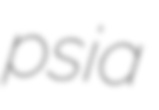
psia